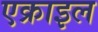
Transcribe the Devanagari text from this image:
एक्राइल